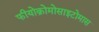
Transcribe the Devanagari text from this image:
फीयोक्रोमोसाइटोमास